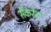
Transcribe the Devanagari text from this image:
सैकरेड